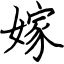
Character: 嫁